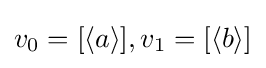
v_{0}=[\langle a\rangle ],v_{1}=[\langle b\rangle ]